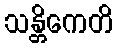
သန္တိကေတိ